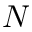
N